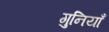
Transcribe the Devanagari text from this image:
गुनियाँ